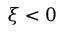
\xi < 0